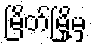
မြိတ်မြို့မှ